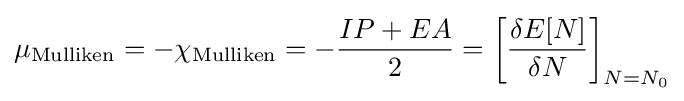
\mu _{\text{Mulliken}}=-\chi _{\text{Mulliken}}=-{\frac {IP+EA}{2}}=\left[{\frac {\delta E[N]}{\delta N}}\right]_{N=N_{0}}